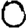
Digit: 0